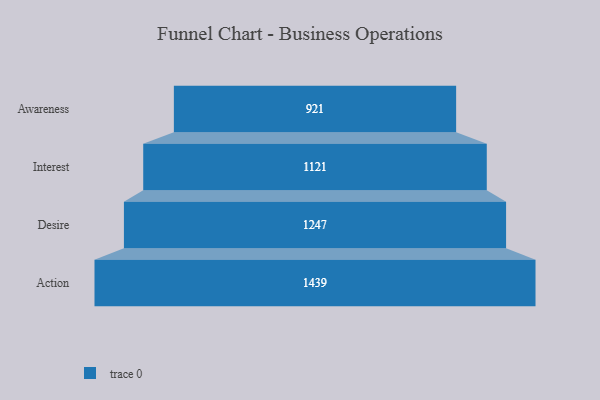
{"axis": {"x": "Stage", "y": "Value"}, "legend": [""], "data": [{"x": "Awareness", "y": 921.0, "type": ""}, {"x": "Interest", "y": 1121.0, "type": ""}, {"x": "Desire", "y": 1247.0, "type": ""}, {"x": "Action", "y": 1439.0, "type": ""}]}